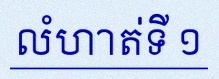
លំហាត់ទី ១